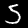
Label: 5